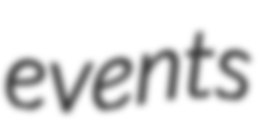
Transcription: events